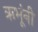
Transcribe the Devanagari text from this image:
ऋभूंनी